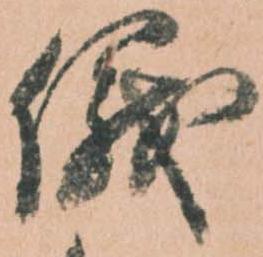
儀